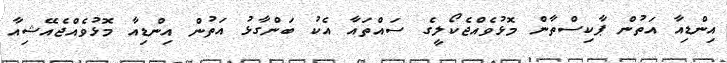
އިންޑިއާ އަތުން ޕާކިސްތާން މޮޅުވެއްޖެކޯލީގެ ސައްތައާ އެކު ބަންގާޅު އަތުން އިންޑިއާ މޮޅުވެއްޖެއޭޝިއާ